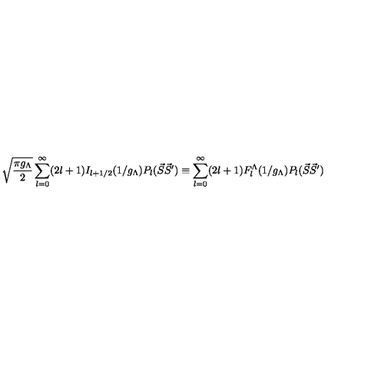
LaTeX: \sqrt { \frac { \pi g _ { \Lambda } } { 2 } } \sum _ { l = 0 } ^ { \infty } ( 2 l + 1 ) I _ { l + 1 / 2 } ( 1 / g _ { \Lambda } ) P _ { l } ( { \vec { S } } { \vec { S } ^ { \prime } } ) \equiv \sum _ { l = 0 } ^ { \infty } ( 2 l + 1 ) F _ { l } ^ { \Lambda } ( 1 / g _ { \Lambda } ) P _ { l } ( { \vec { S } } { \vec { S } ^ { \prime } } ) \ \